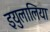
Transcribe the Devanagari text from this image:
इयुलालिया